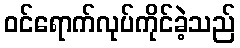
ဝင်ရောက်လုပ်ကိုင်ခဲ့သည်